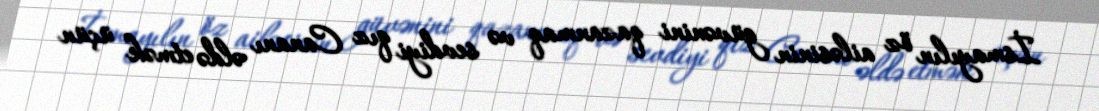
İsmayılın öz ailəsinin güvənini qazanmaq və sevdiyi qız Cananı əldə etmək üçün